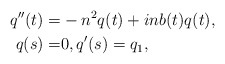
\begin{align*}q''(t)=&-n^2q(t)+in b(t)q(t),\\q(s)=&0,q'(s)=q_1,\end{align*}